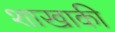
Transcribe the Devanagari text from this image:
शाखाकी